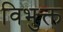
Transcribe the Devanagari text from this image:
विभुक्त